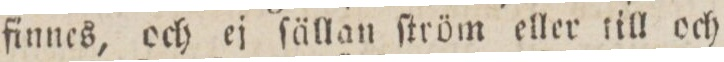
finnes, och ej ſällan ſtröm eller till och